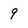
Character: 9